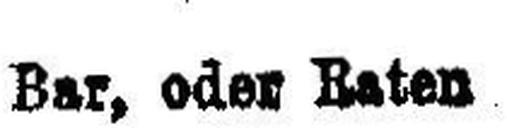
Bar, oder Raten